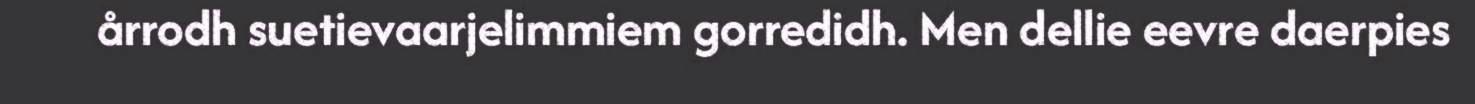
årrodh suetievaarjelimmiem gorredidh. Men dellie eevre daerpies